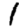
Digit: 1